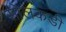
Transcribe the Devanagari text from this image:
सोलकडी